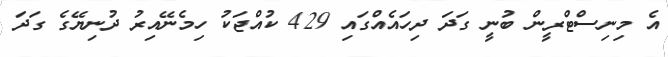
އެ މިނިސްޓްރީން ބުނީ ގަދަ ދިހައެއްގައި 429 ކުއްޖަކު ހިމެނޭއިރު ދުނިޔޭގެ ގަދަ